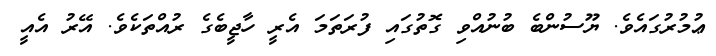
ޢުމުރުގައެވެ. ޔޫސުންބެ ބުނުއްވި ގޮތުގައި ފުރަތަމަ އެރީ ހާޖީބެގެ ރުއްތަކެވެ. އޭރު އެއީ